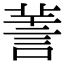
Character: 𧨅